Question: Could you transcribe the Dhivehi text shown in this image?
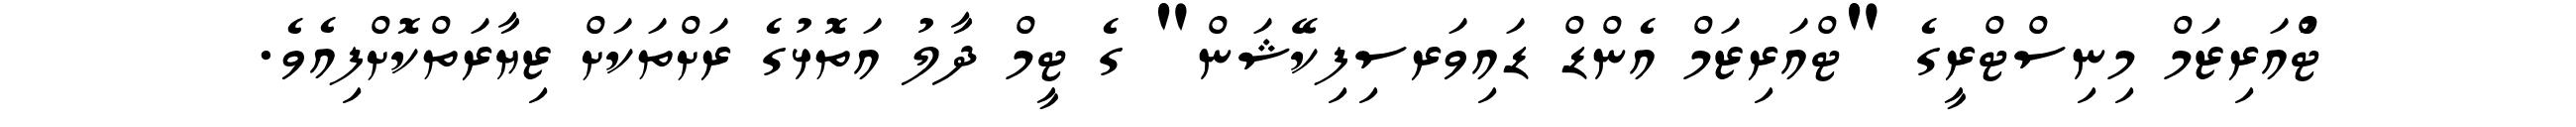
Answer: ޓްުއަރިޒަމް މިނިސްޓްރީގެ "ޓްއަރިޒަމް އެންޑް ޑައިވަރސިފިކޭޝަން" ގެ ޓީމް ދާލު އަތޮޅުގެ ރަށްތަކަށް ޒިޔާރަތްކޮށްފިއެވެ.